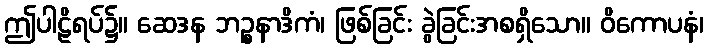
ဤပါဠိရပ်၌။ ဆေဒန ဘဉ္စနာဒိကံ၊ ဖြစ်ခြင်း ခွဲခြင်းအစရှိသော။ ဝိကောပနံ၊